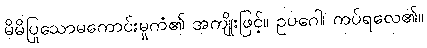
မိမိပြုသောမကောင်းမှုကံ၏ အကျိုးဖြင့်။ ဥပဂေါ၊ ကပ်ရလေ၏။